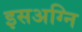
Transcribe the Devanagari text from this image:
इसअग्नि